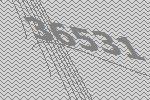
36531